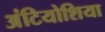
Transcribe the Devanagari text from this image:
अंटियोशिया